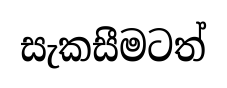
සැකසීමටත්